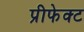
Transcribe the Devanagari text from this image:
प्रीफेक्ट